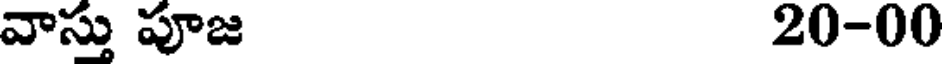
వాస్తు పూజ 20-00